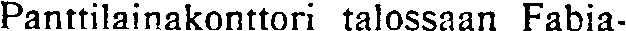
Panttilainakonttori talossaan Fabia-